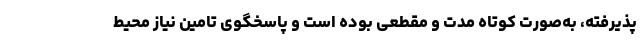
پذیرفته، به‌صورت کوتاه مدت و مقطعی بوده است و پاسخگوی تامین نیاز محیط